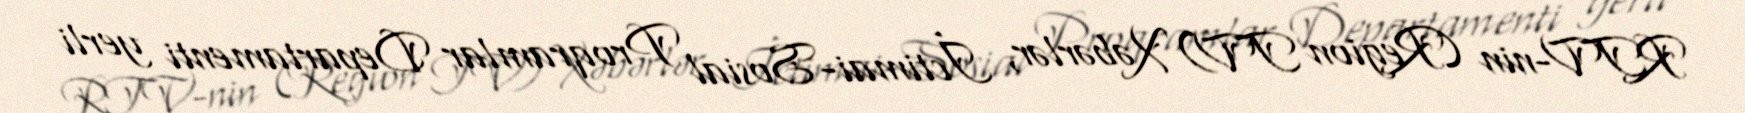
RTV-nin (Region TV) Xəbərlər, İctimai-Sosial Proqramlar Departamenti yerli